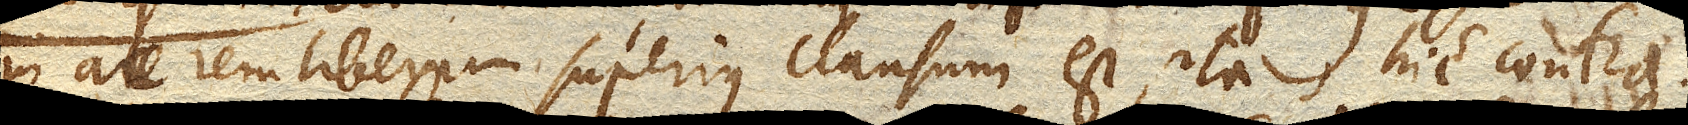
in aerem liberum superius clausum est, ita hic contra.